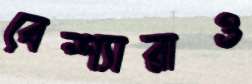
বেশ্যারাও